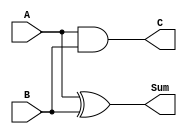
`timescale 1ns / 1ps
//////////////////////////////////////////////////////////////////////////////////
// Company: 
// Engineer: 
// 
// Design Name: 
// Module Name: half_adder_structural
// Project Name: 
// Target Devices: 
// Tool Versions: 
// Description: 
// 
// Dependencies: 
// 
// Revision:
// Revision 0.01 - File Created
// Additional Comments:
// 
//////////////////////////////////////////////////////////////////////////////////


module half_adder_structural(
    input A,
    input B,
    output Sum,
    output C
    );
    
xor(Sum , A , B);
and(C , A , B);
endmodule